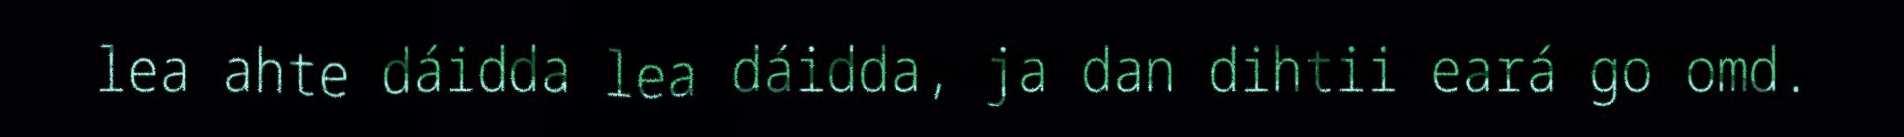
lea ahte dáidda lea dáidda, ja dan dihtii eará go omd.